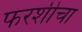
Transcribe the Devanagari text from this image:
फरशीचा